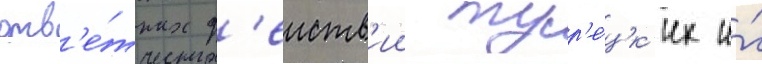
отв'е́тных д'еиств'ии тур'е́цк'их и́